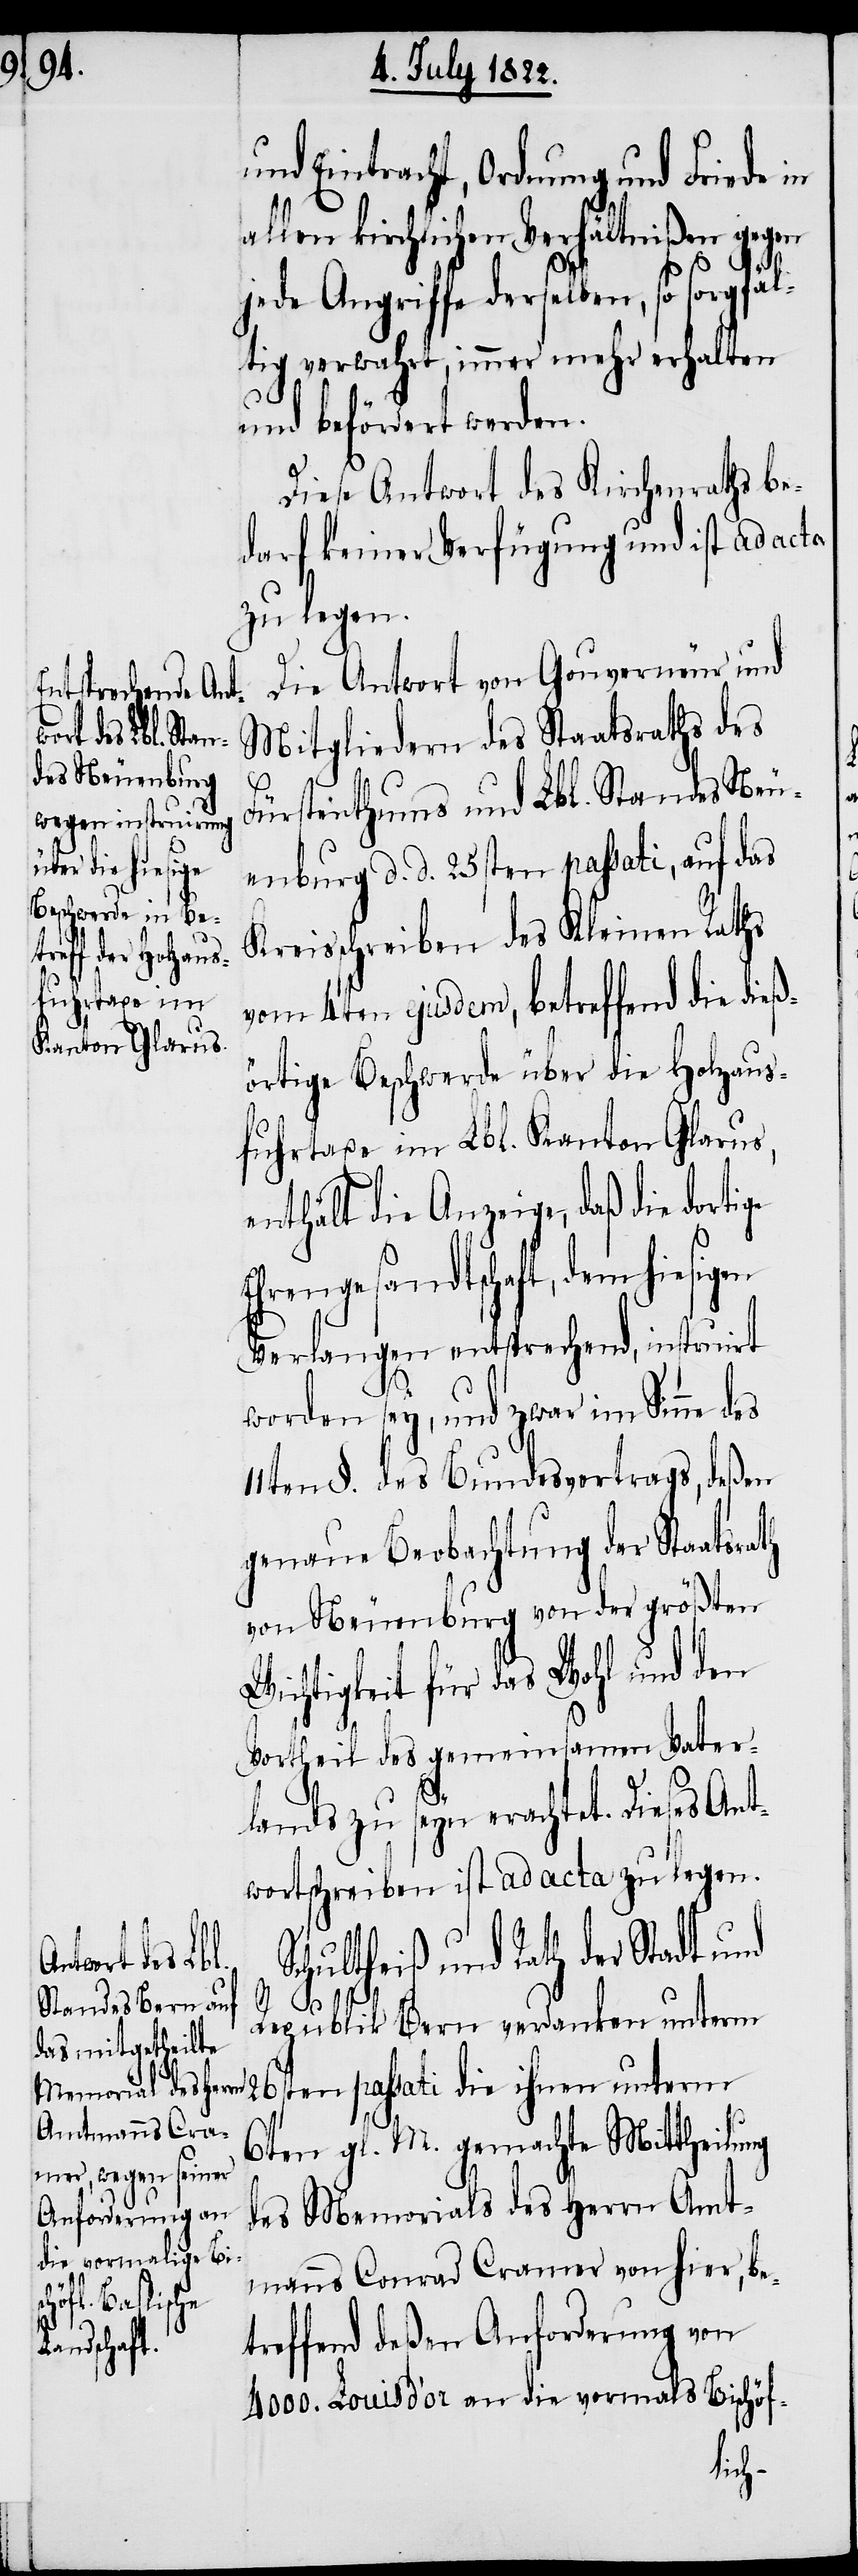
ge

und Eintracht, Ordnung und Friede in
allen kirchlichen Verhältnißen gegen
jede Angriffe derselben, so sorgfäl¬
tig verwahrt, immer mehr erhalten
und befördert werden.
Diese Antwort des Kirchenraths be¬
darf keiner Verfügung und ist ad acta
zu legen.
Die Antwort von Gouverneur und
Mitgliedern des Staatsraths des
Fürstenthums und Lbl. Standes Neu¬
enburg d. d. 25sten passati, auf das
Kreisschreiben des Kleinen Raths
vom 4ten ejusdem, betreffend die dieß¬
örtige Beschwerde über die Holzaus¬
fuhrtaxe im Lbl. Kanton Glarus,
enthält die Anzeige, daß die dorti¬
Ehrengesandtschaft, dem hiesig¬
Verlangen entsprechend, instruirt
worden sey, und zwar im Sinne
11ten §. des Bundesvertrags, deßen
genaue Beobachtung der Staatsrath
von Neuenburg von der größten
Wichtigkeit für das Wohl und den
Vortheil des gemeinsamen Vater¬
lands zu seyn erachtet. Dieses Ant¬
wortschreiben ist ad acta zu legen.
chultheiß und Rath der Stadt und
S¬
Republik Bern verdanken unterm
26sten passati die ihnen unterm
6ten gl. M. gemachte Mittheilung
des Memorials des Herrn Amt¬
manns Conrad Cramer von hier, be¬
treffend deßen Anforderung von
4000. Louis d’ or an die vormals Bischöf-